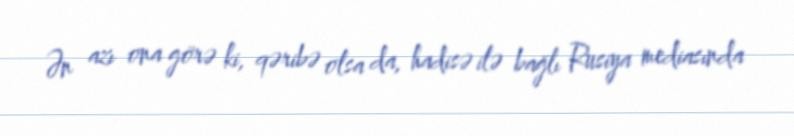
Ən azı ona görə ki, qəribə olsa da, hadisə ilə bağlı Rusiya mediasında